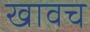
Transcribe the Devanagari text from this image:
खावच